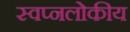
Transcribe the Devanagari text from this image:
स्वप्नलोकीय